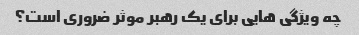
چه ویژگی هایی برای یک رهبر موثر ضروری است؟